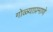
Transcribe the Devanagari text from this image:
गोळ्याप्रमाणे